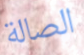
الصالة